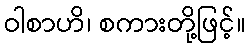
ဝါစာဟိ၊ စကားတို့ဖြင့်။